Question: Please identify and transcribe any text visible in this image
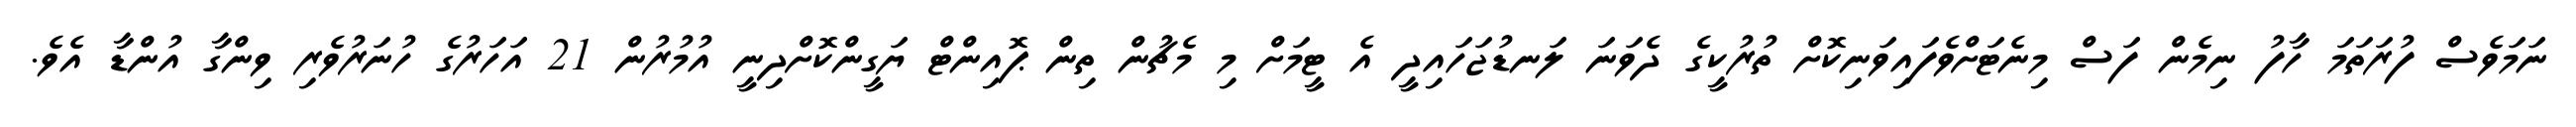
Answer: ނަމަވެސް ފުރަތަމަ ހާފު ނިމެން ފަސް މިނެޓަށްވެފައިވަނިކޮށް ތުރުކީގެ ދެވަނަ ލަނޑުޖަހައިދީ އެ ޓީމަށް މި މެޗުން ތިން ޕޮއިންޓް ޔަގީންކޮށްދިނީ އުމުރުން 21 އަހަރުގެ ހުނަރުވެރި ވިންގާ އުންޑާ އެވެ.